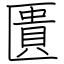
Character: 匱